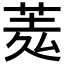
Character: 𦲃